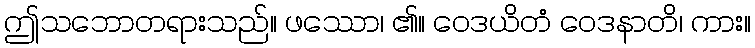
ဤသဘောတရားသည်။ ဖဿော၊ ၏။ ဝေဒယိတံ ဝေဒနာတိ၊ ကား။